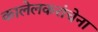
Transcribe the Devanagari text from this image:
कालेलकरांचेना